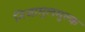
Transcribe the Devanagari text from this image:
निजामुलमुल्क